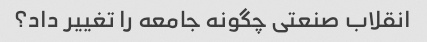
انقلاب صنعتی چگونه جامعه را تغییر داد؟